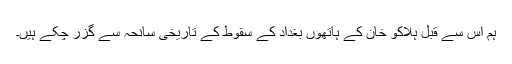
ہم اس سے قبل ہلاکو خان کے ہاتھوں بغداد کے سقوط کے تاریخی سانحہ سے گزر چکے ہیں۔